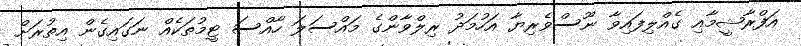
އަފްރާޝީމާއި ގެއްލިފައިވާ ނޫސްވެރިޔާ އަހުމަދު ރިލްވާންގެ މައްސަލަ ހާއްސަ ޓީމުތަކެއް ނަގައިގެން އިތުރަށް